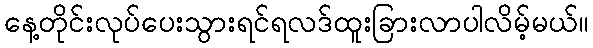
နေ့တိုင်းလုပ်ပေးသွားရင်ရလဒ်ထူးခြားလာပါလိမ့်မယ်။